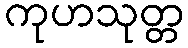
ကုဟသုတ္တ